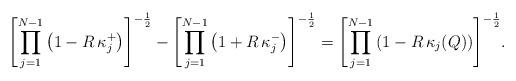
LaTeX: \begin{align*}\Biggl[\prod_{j=1}^{N-1}\left(1-R\,\kappa^{+}_j\right)\Biggr]^{-\frac12} - \Biggl[\prod_{j=1}^{N-1}\left(1+R\,\kappa^{-}_j\right)\Biggr]^{-\frac12}= \Biggl[\prod_{j=1}^{N-1}\left(1-R\,\kappa_j(Q)\right)\Biggr]^{-\frac12}.\end{align*}